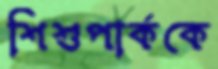
শিশুপার্ককে